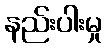
နည်းပါးမှု